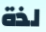
لذة